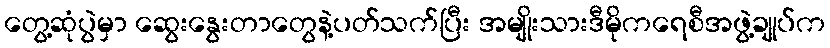
တွေ့ဆုံပွဲမှာ ဆွေးနွေးတာတွေနဲ့ပတ်သက်ပြီး အမျိုးသားဒီမိုကရေစီအဖွဲ့ချုပ်က